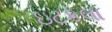
ઇટકલા